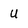
Character: u